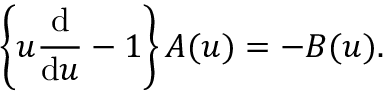
\left\{ u \frac { \mathrm { d } } { \mathrm { d } u } - 1 \right\} A ( u ) = - B ( u ) .